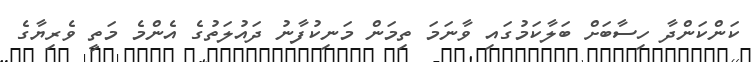
ކަންކަންދާ ހިސާބަށް ބަލާކަމުގައި ވާނަމަ ތިމަން މަނިކުފާނު ދައުލަތުގެ އެންމެ މަތީ ވެރިޔާގެ